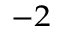
^ { - 2 }